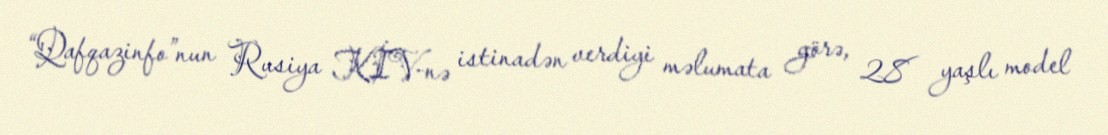
“Qafqazinfo”nun Rusiya KİV-nə istinadən verdiyi məlumata görə, 28 yaşlı model